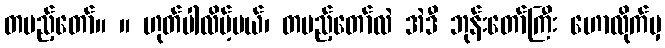
တပည့်တော်။ ။ ဟုတ်ပါလိမ့်မယ်၊ တပည့်တော်လဲ အဲဒီ ဘုန်းတော်ကြီး ဟောလိုက်မှ